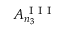
A _ { n _ { 3 } } ^ { \mathrm { ~ I ~ I ~ I ~ } }